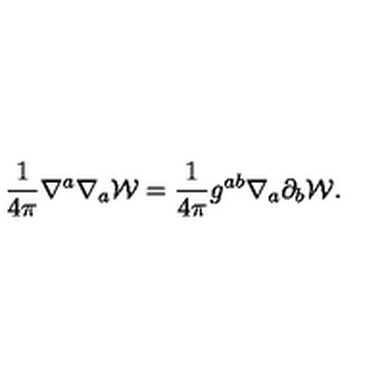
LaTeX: \frac { 1 } { 4 \pi } \nabla ^ { a } \nabla _ { a } { \cal W } = \frac { 1 } { 4 \pi } g ^ { a b } \nabla _ { a } \partial _ { b } { \cal W } .